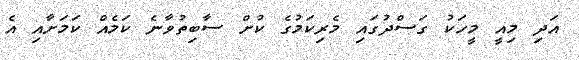
އަދި މިއީ މީހަކު ގަސްދުގައި މެރިކަމުގެ ކުށް ސާބިތުވާނެ ކަމެއް ކަމަށާއި އެ